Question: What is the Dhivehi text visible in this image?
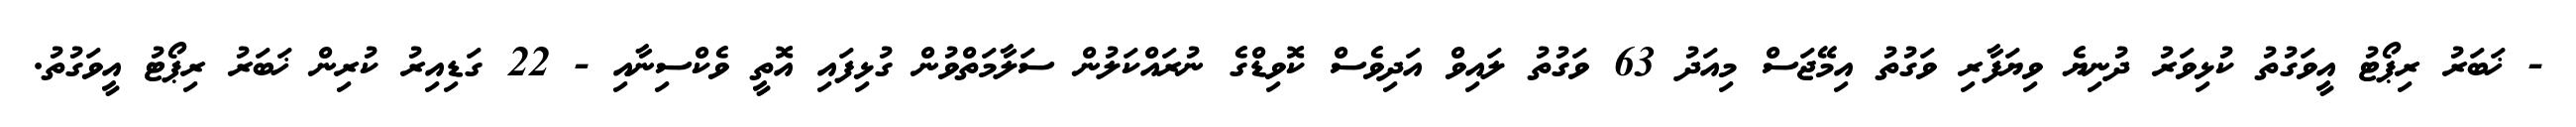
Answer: - ޚަބަރު ރިޕޯޓު އީވަގުތު ކުޅިވަރު ދުނިޔެ ވިޔަފާރި ވަގުތު އިމޭޖަސް މިއަދު 63 ވަގުތު ލައިވް އަދިވެސް ކޮވިޑްގެ ނުރައްކަލުން ސަލާމަތްވުން ގުޅިފައި އޮތީ ވެކްސިނާއި - 22 ގަޑިއިރު ކުރިން ޚަބަރު ރިޕޯޓު އީވަގުތު.